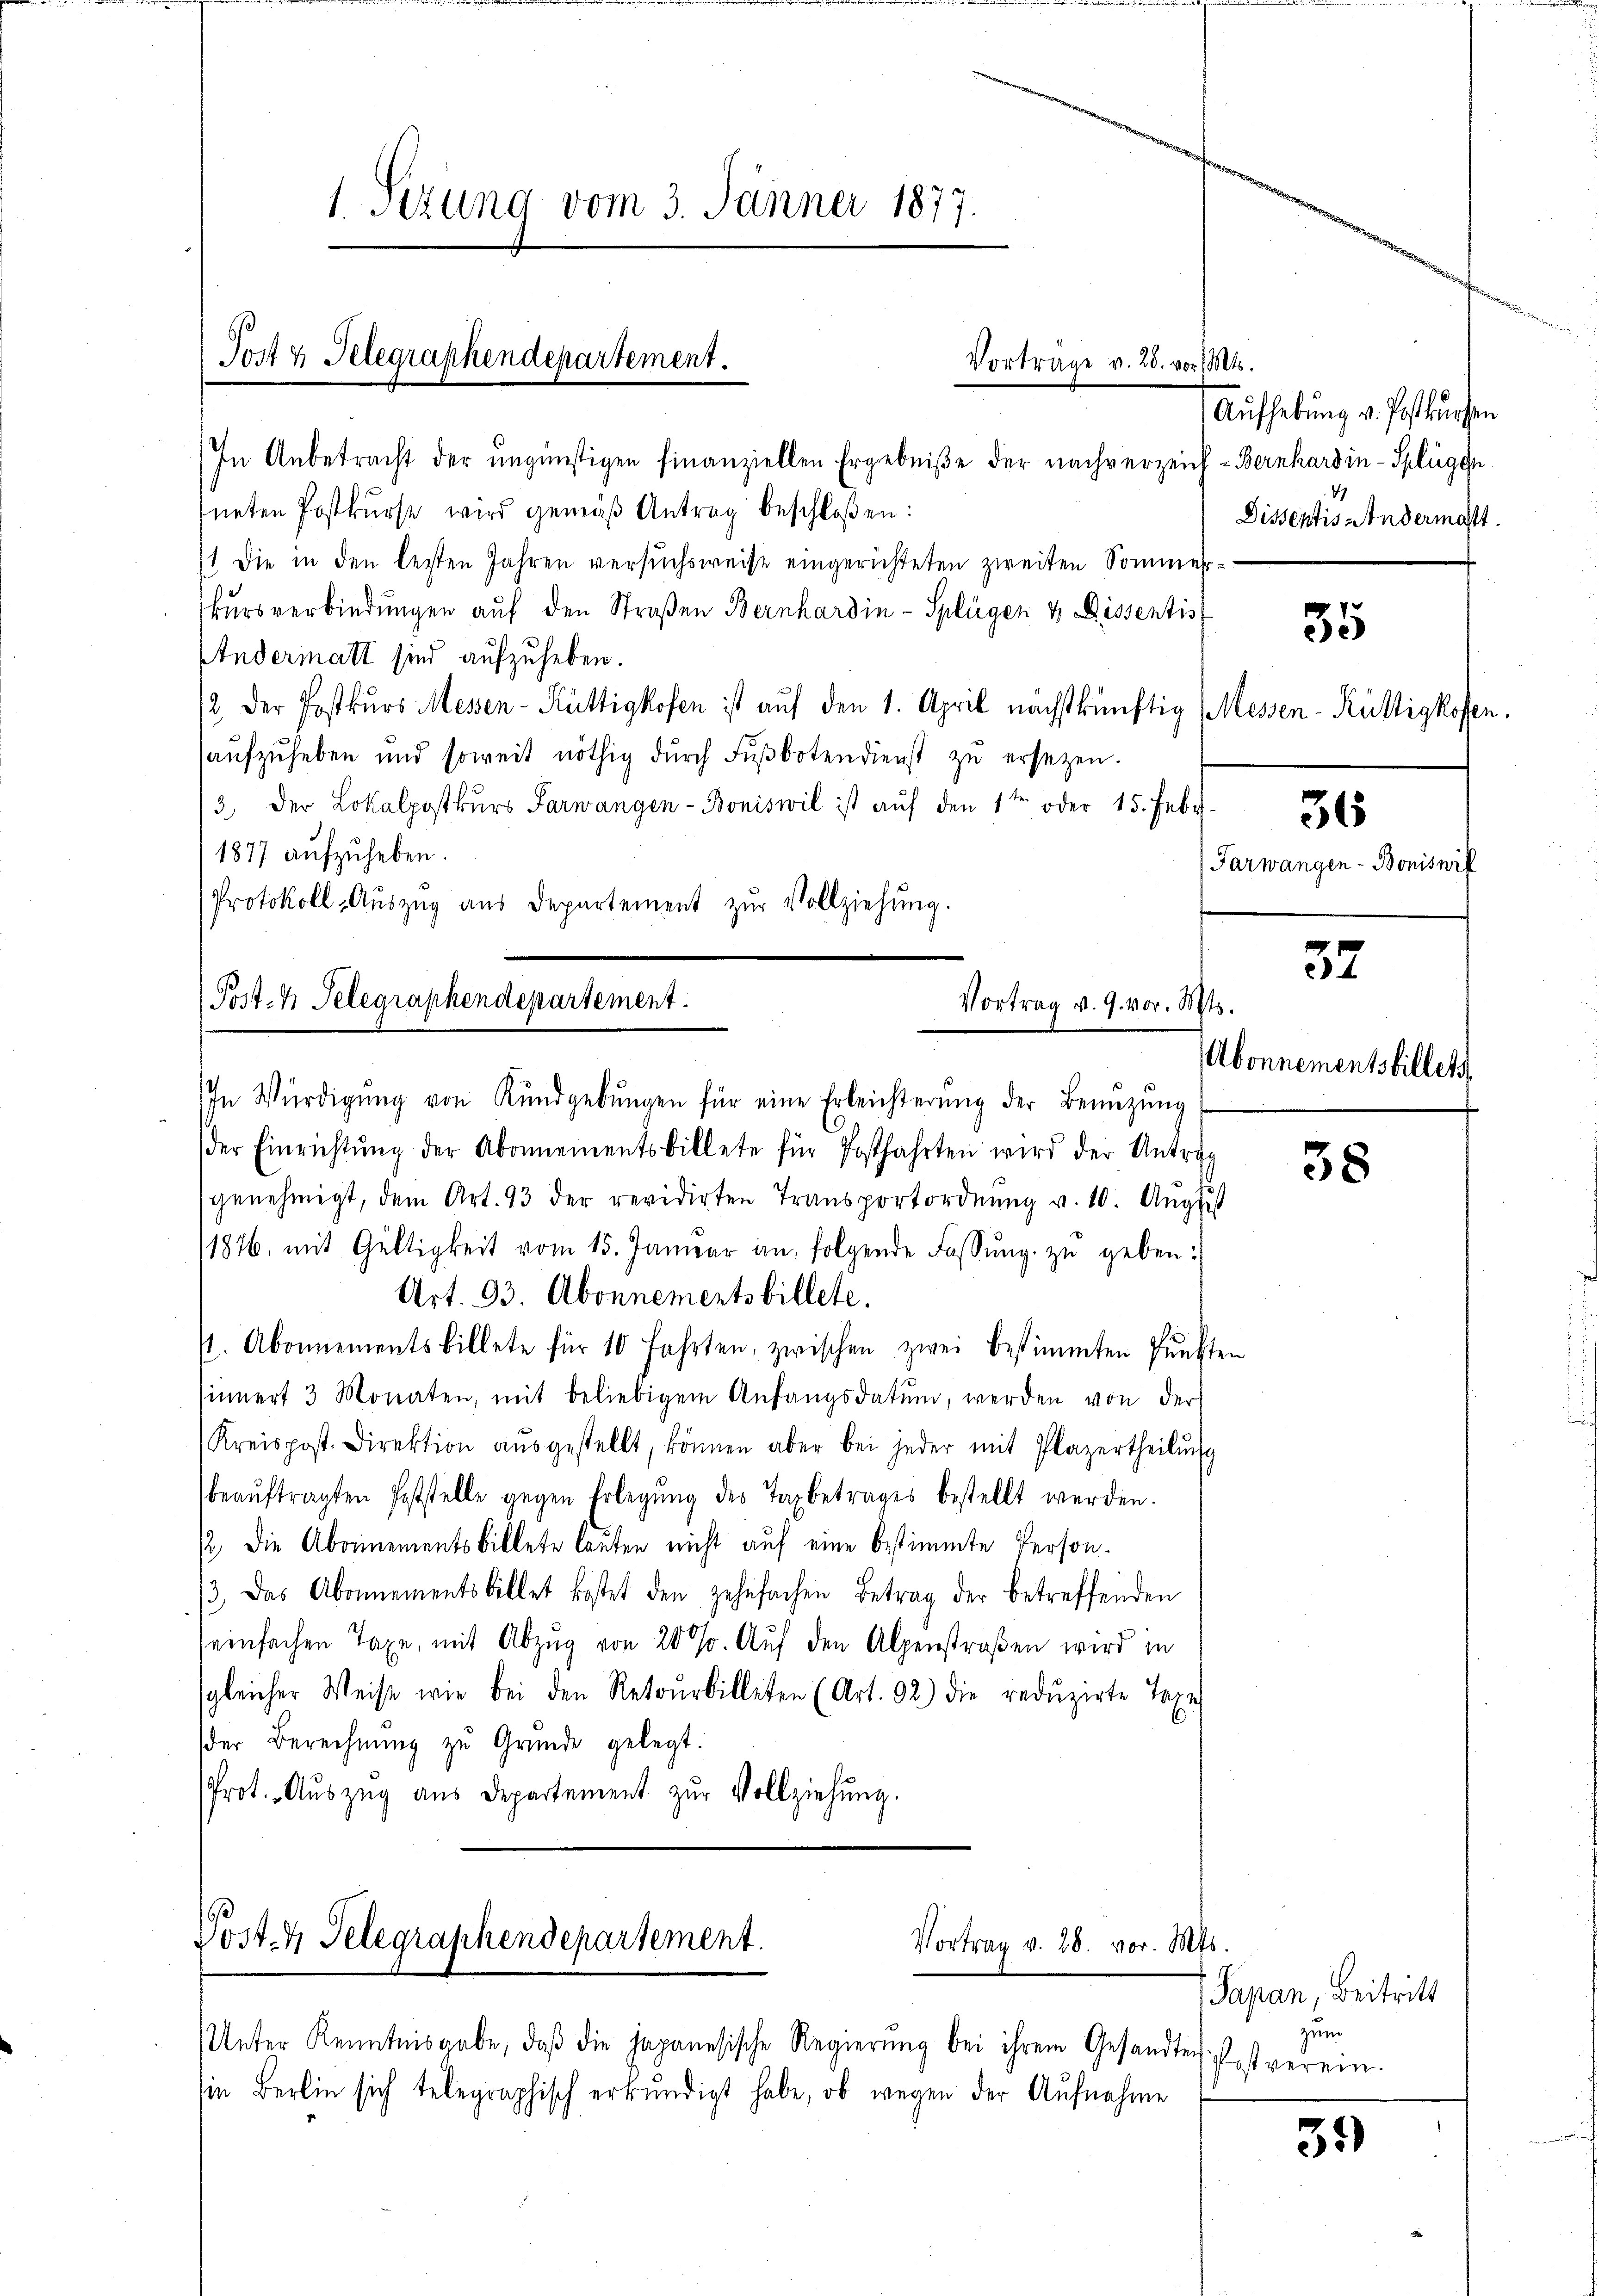
1. Sizung vom 3. Jänner 1877.
Post 4 Telegraphendepartement.
Vortrage v. 28. vor. Mts.
Aufhebung v. Postkursen

In Anbetracht der ŭngünstigen finanziellen Ergebniße der nachverzeich-Bernhardin-Splügen
neten Postkŭrse wird gemäβ Antrag beschloßen:
1 die in den letzten Jahren versŭchsweise eingerichteten zweiten Sommer-
kŭrs verbindŭngen aŭf den Straßen Bernhardin - Splügen & Dissentis
Andermatt sind aufzuheben.
/2 der Postkurs Messen-Küttigkofen ist auf den 1. April nächstkünftig Messen-Kültigkofen.
aŭfzŭheben und soweit nöthig dŭrch Fŭβbotendienst zŭ ersezen.
3 der Lokalpostkŭrs Farwangen- Boniswil ist aŭf den 1ten oder 15. Febr.
1877 aufzuheben.
Protokoll- Aŭszŭg aŭs Departement zŭr Vollziehŭng.
57
(Post. h Telegraphendepartement
Vortrag v. G. vor. Mts.

In Würdigŭng von Kundgebŭngen für eine Erleichterŭng der Benŭtzŭng
der Einrichtŭng der Abonnementsbillete für Postfahrten wird der Antrag
genehmigt, dem Art. 93 der revidirten Transportordnŭng v. 10. Aŭgust
1876, mit Gültigkeit vom 15. Januar an, folgende Fassŭng zŭ geben:
Art. 93. Abonnementsbillete.
/. Abonnementsbillete für 10 Fahrten, zwischen zwei bestimmten Punkten
sinnert 3 Monaten, mit beliebigem Anfangsdatŭm, werden von der
Kreispost. Direktion aŭsgestellt, können aber bei jeder mit Plazertheilŭng
beaŭftragten Feststelle gegen Erlegŭng des Taxbetrages bestellt werden.
/2, die Abonnementsbillete lauten nicht auf eine bestimmte Person¬
/3. Das Abonnementsbillet kostet den zehnfachen Betrag der betreffenden
seinfachen Taxe, mit Abzug von 20 %. Auf den Alpenstraßen wird in
sgleicher Weise wie bei den Retourbilleten (Art. 92) die redŭzirte Taxe
der Berechnŭng zu Gründe gelegt.
Prot. Auszug aus Departement zur Vollziehung.
Post 4 Telegraphendepartement.
Vortrag v. 28. vor. Mts.
Unter Kenntnisgabe, daβ die Japanesische Regierŭng bei ihrem Gesandten fast verein-
in Berlin sich telegraphisch erkŭndigt habe, ob wegen der Aufnahme

Abonnementsbillets

4
Dissentis Andermacht.

35

36

Farwangen - Boniswil

38

Sapan, Beitritt
zum

32)